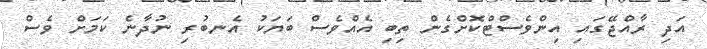
އަދި ރާއްޖޭގައި އިންވެސްޓްކޮށްގެން ތިބި އެއްވެސް ބަޔަކު އެނބުރި ނުދާނެ ކަމަށް ވެސް